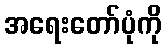
အရေးတော်ပုံကို